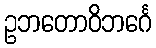
ဥဘတောဝိဘင်္ဂေ